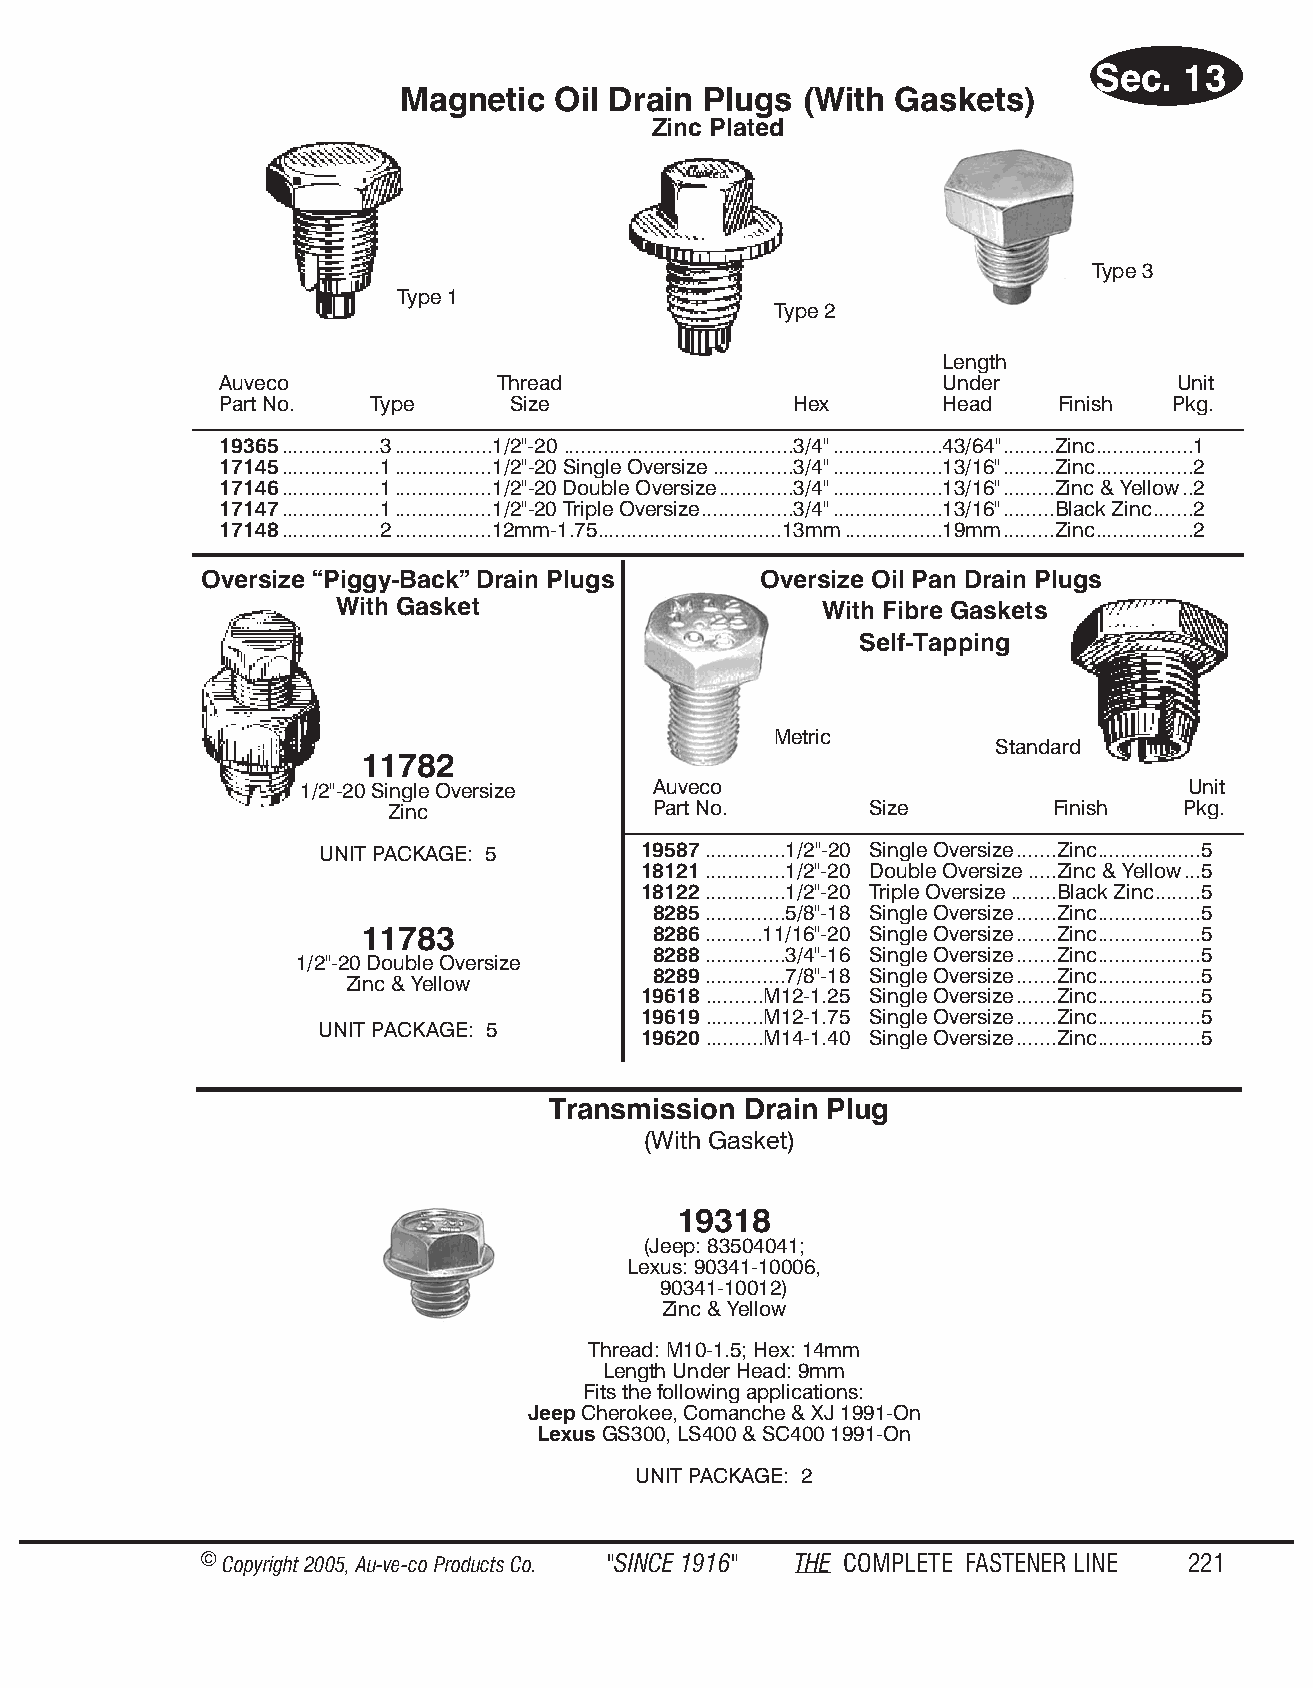
Sec.  13
 Magn  etic Oil Drain Plugs (With Gas kets)
 Zinc Plated
 Type 3
 Type 1
 Type 2
 Length
 Auveco            Thread                        Under          Unit
 Part No.  Type     Size               Hex       Head   Finish  Pkg.
 19365.................3.................1/2"-20 ........................................3/4"...................43/64".........Zinc.................1
 17145.................1.................1/2"-20 Single Oversize..............3/4"...................13/16".........Zinc.................2
 17146.................1.................1/2"-20 Double Oversize.............3/4"...................13/16".........Zinc & Yellow..2
 17147.................1.................1/2"-20 Triple Oversize................3/4"...................13/16".........Black Zinc.......2
 17148.................2.................12mm-1.75................................13mm.................19mm.........Zinc.................2
 Oversize “Piggy-Back” Drain Plugs    Oversize Oil Pan Drain Plugs
 With Gasket                      With Fibre Gaskets
 Self-Tapping
 Metric
 Standard
 11782
 1/2"-20 Single Oversize Auveco                             Unit
 Zinc             Part No.       Size        Finish   Pkg.
 UNIT PACKAGE: 5       19587..............1/2"-20 Single Oversize.......Zinc..................5
 18121..............1/2"-20 Double Oversize.....Zinc & Yellow...5
 18122..............1/2"-20 Triple Oversize........Black Zinc........5
 8285..............5/8"-18 Single Oversize.......Zinc..................5
 11783              8286..........11/16"-20 Single Oversize.......Zinc..................5
 8288..............3/4"-16 Single Oversize.......Zinc..................5
 1/2"-20 Double Oversize
 8289..............7/8"-18 Single Oversize.......Zinc..................5
 Zinc & Yellow
 19618..........M12-1.25 Single Oversize.......Zinc..................5
 19619..........M12-1.75 Single Oversize.......Zinc..................5
 UNIT PACKAGE: 5
 19620..........M14-1.40 Single Oversize.......Zinc..................5
 Transmission Drain Plug
 (With Gas ket)
 19318
 (Jeep: 83504041;
 Lexus: 90341-1 0006,
 90341- 10012)
 Zinc & Yell ow
 Thread: M10-1.5; Hex: 14mm
 Length Un der Head: 9mm
 Fits the fol low ing ap pli ca tions:
 Jeep Cher o kee, Co man che & XJ 1991-On
 Le xus GS300, LS400 & SC400 1991-O n
 UNIT PACK AGE: 2
 © Copyr ight 2005, Au-ve-co Produ cts Co. "SINCE 1916" THE COM PLETE FAST ENER LINE 221